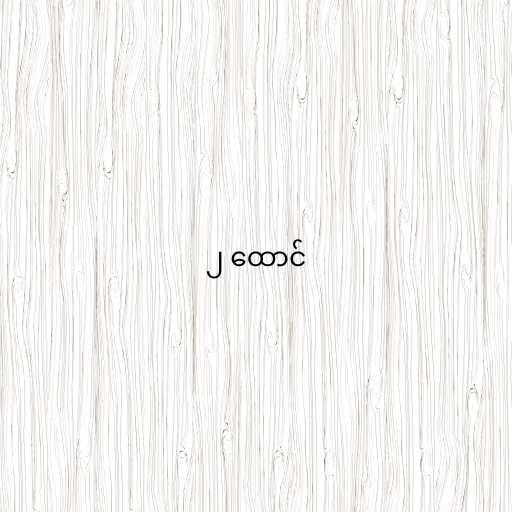
၂ ထောင်